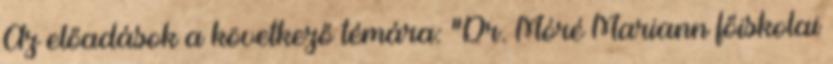
Az előadások a következő témára: "Dr. Móré Mariann főiskolai